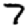
Digit: 7